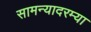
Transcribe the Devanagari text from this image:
सामन्यादरम्या